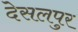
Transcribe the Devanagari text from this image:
देसलपुर